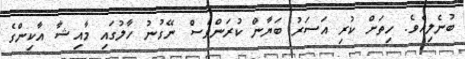
ބުނެލިއެވެ. ހިތަށް ކުރި އަސަރު ބަޔާން ކުރަންވެސް ނޭގުނު ހާލުގައި މާއިޝާ އާކިންގެ